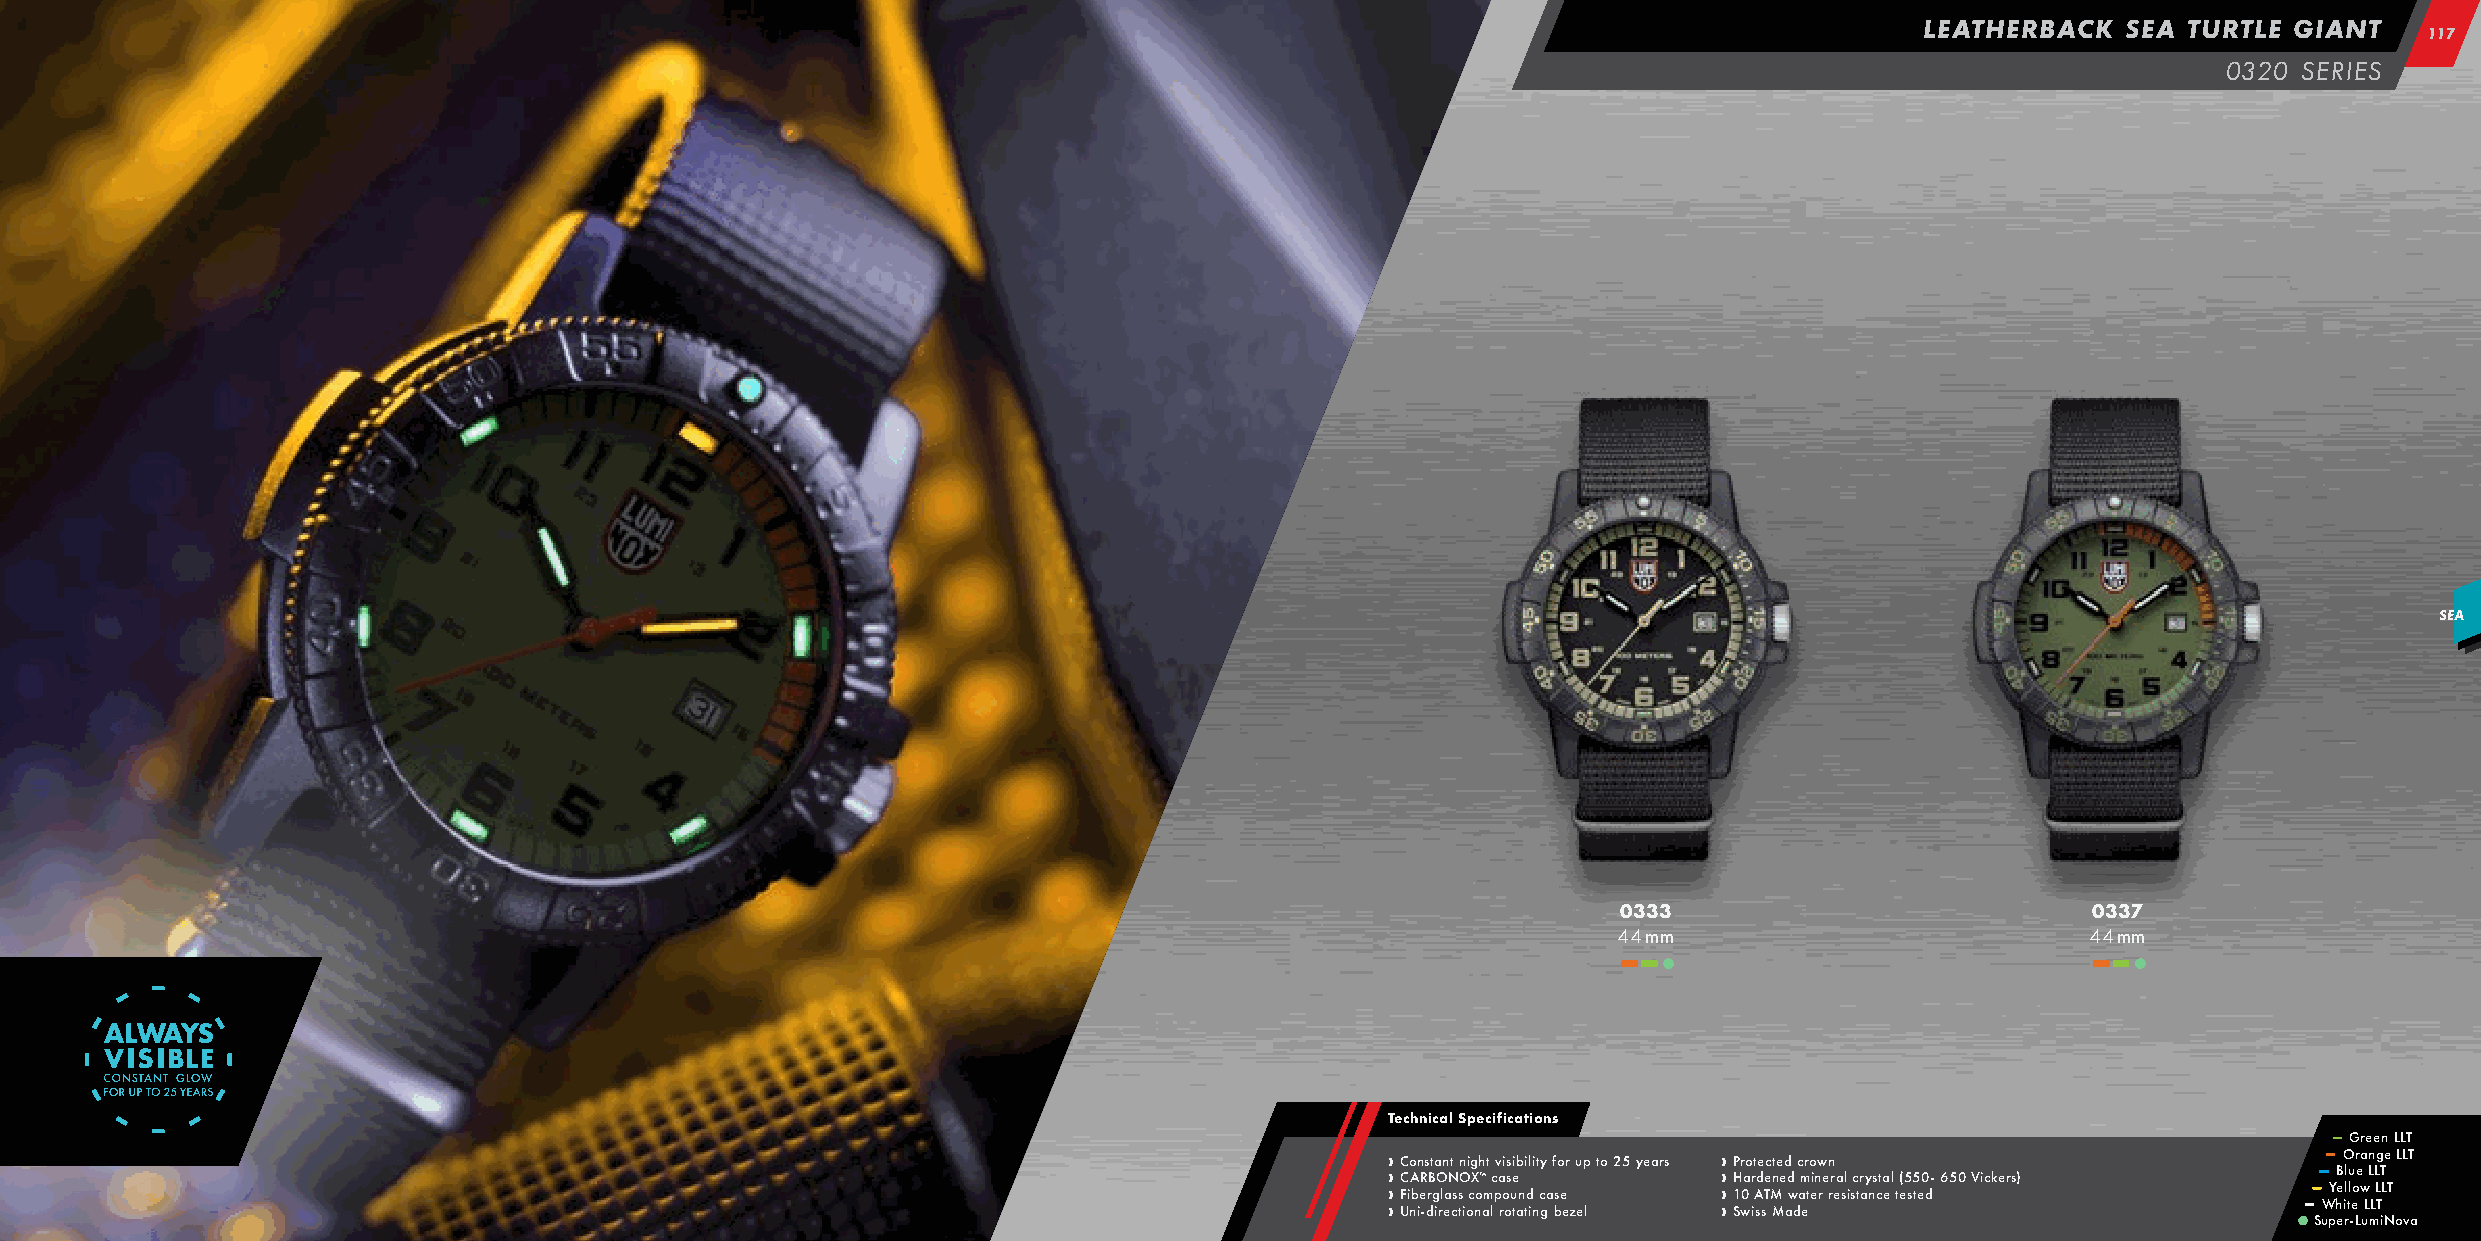
LEATHERBACK   SEA TURTLE GIANT
 111177
 0320 SERIES
 SEA
 0333                           0337
 44 mm                          44 mm
 –– –– ••                        –– –– ••
 Technical Specifications
 –– Green LLT
 ›› ›› FC UC io A nb in eR -s r dBt ga iO rln a eNt cs s tOn i oi cg X noh ™ am t l c pv a roi oss uei tb ani tdl ii n t cy ga f bso e er z u ep l to 25 years › › › › P H 1 Sr w0ao r it A sde sTec M Mt ne e d ad w d c am er to einw re n rr ea sl isc tr ay ns cta el t( e5 s5 te0 d- 650 Vickers) –– ––
 S
 –– uW –– Y
 p
 hB e eO ill rtlu -eor Le wa
 u
 LLn
 m
 LL Lg TT iL Ne T oLL vT
 a